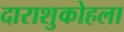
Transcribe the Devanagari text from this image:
दाराशुकोहला